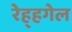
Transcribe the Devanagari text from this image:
रेह्हगेल